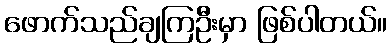
ဖောက်သည်ချကြဦးမှာ ဖြစ်ပါတယ်။